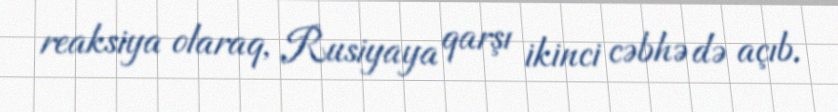
reaksiya olaraq, Rusiyaya qarşı ikinci cəbhə də açıb.